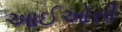
આઈઓસી